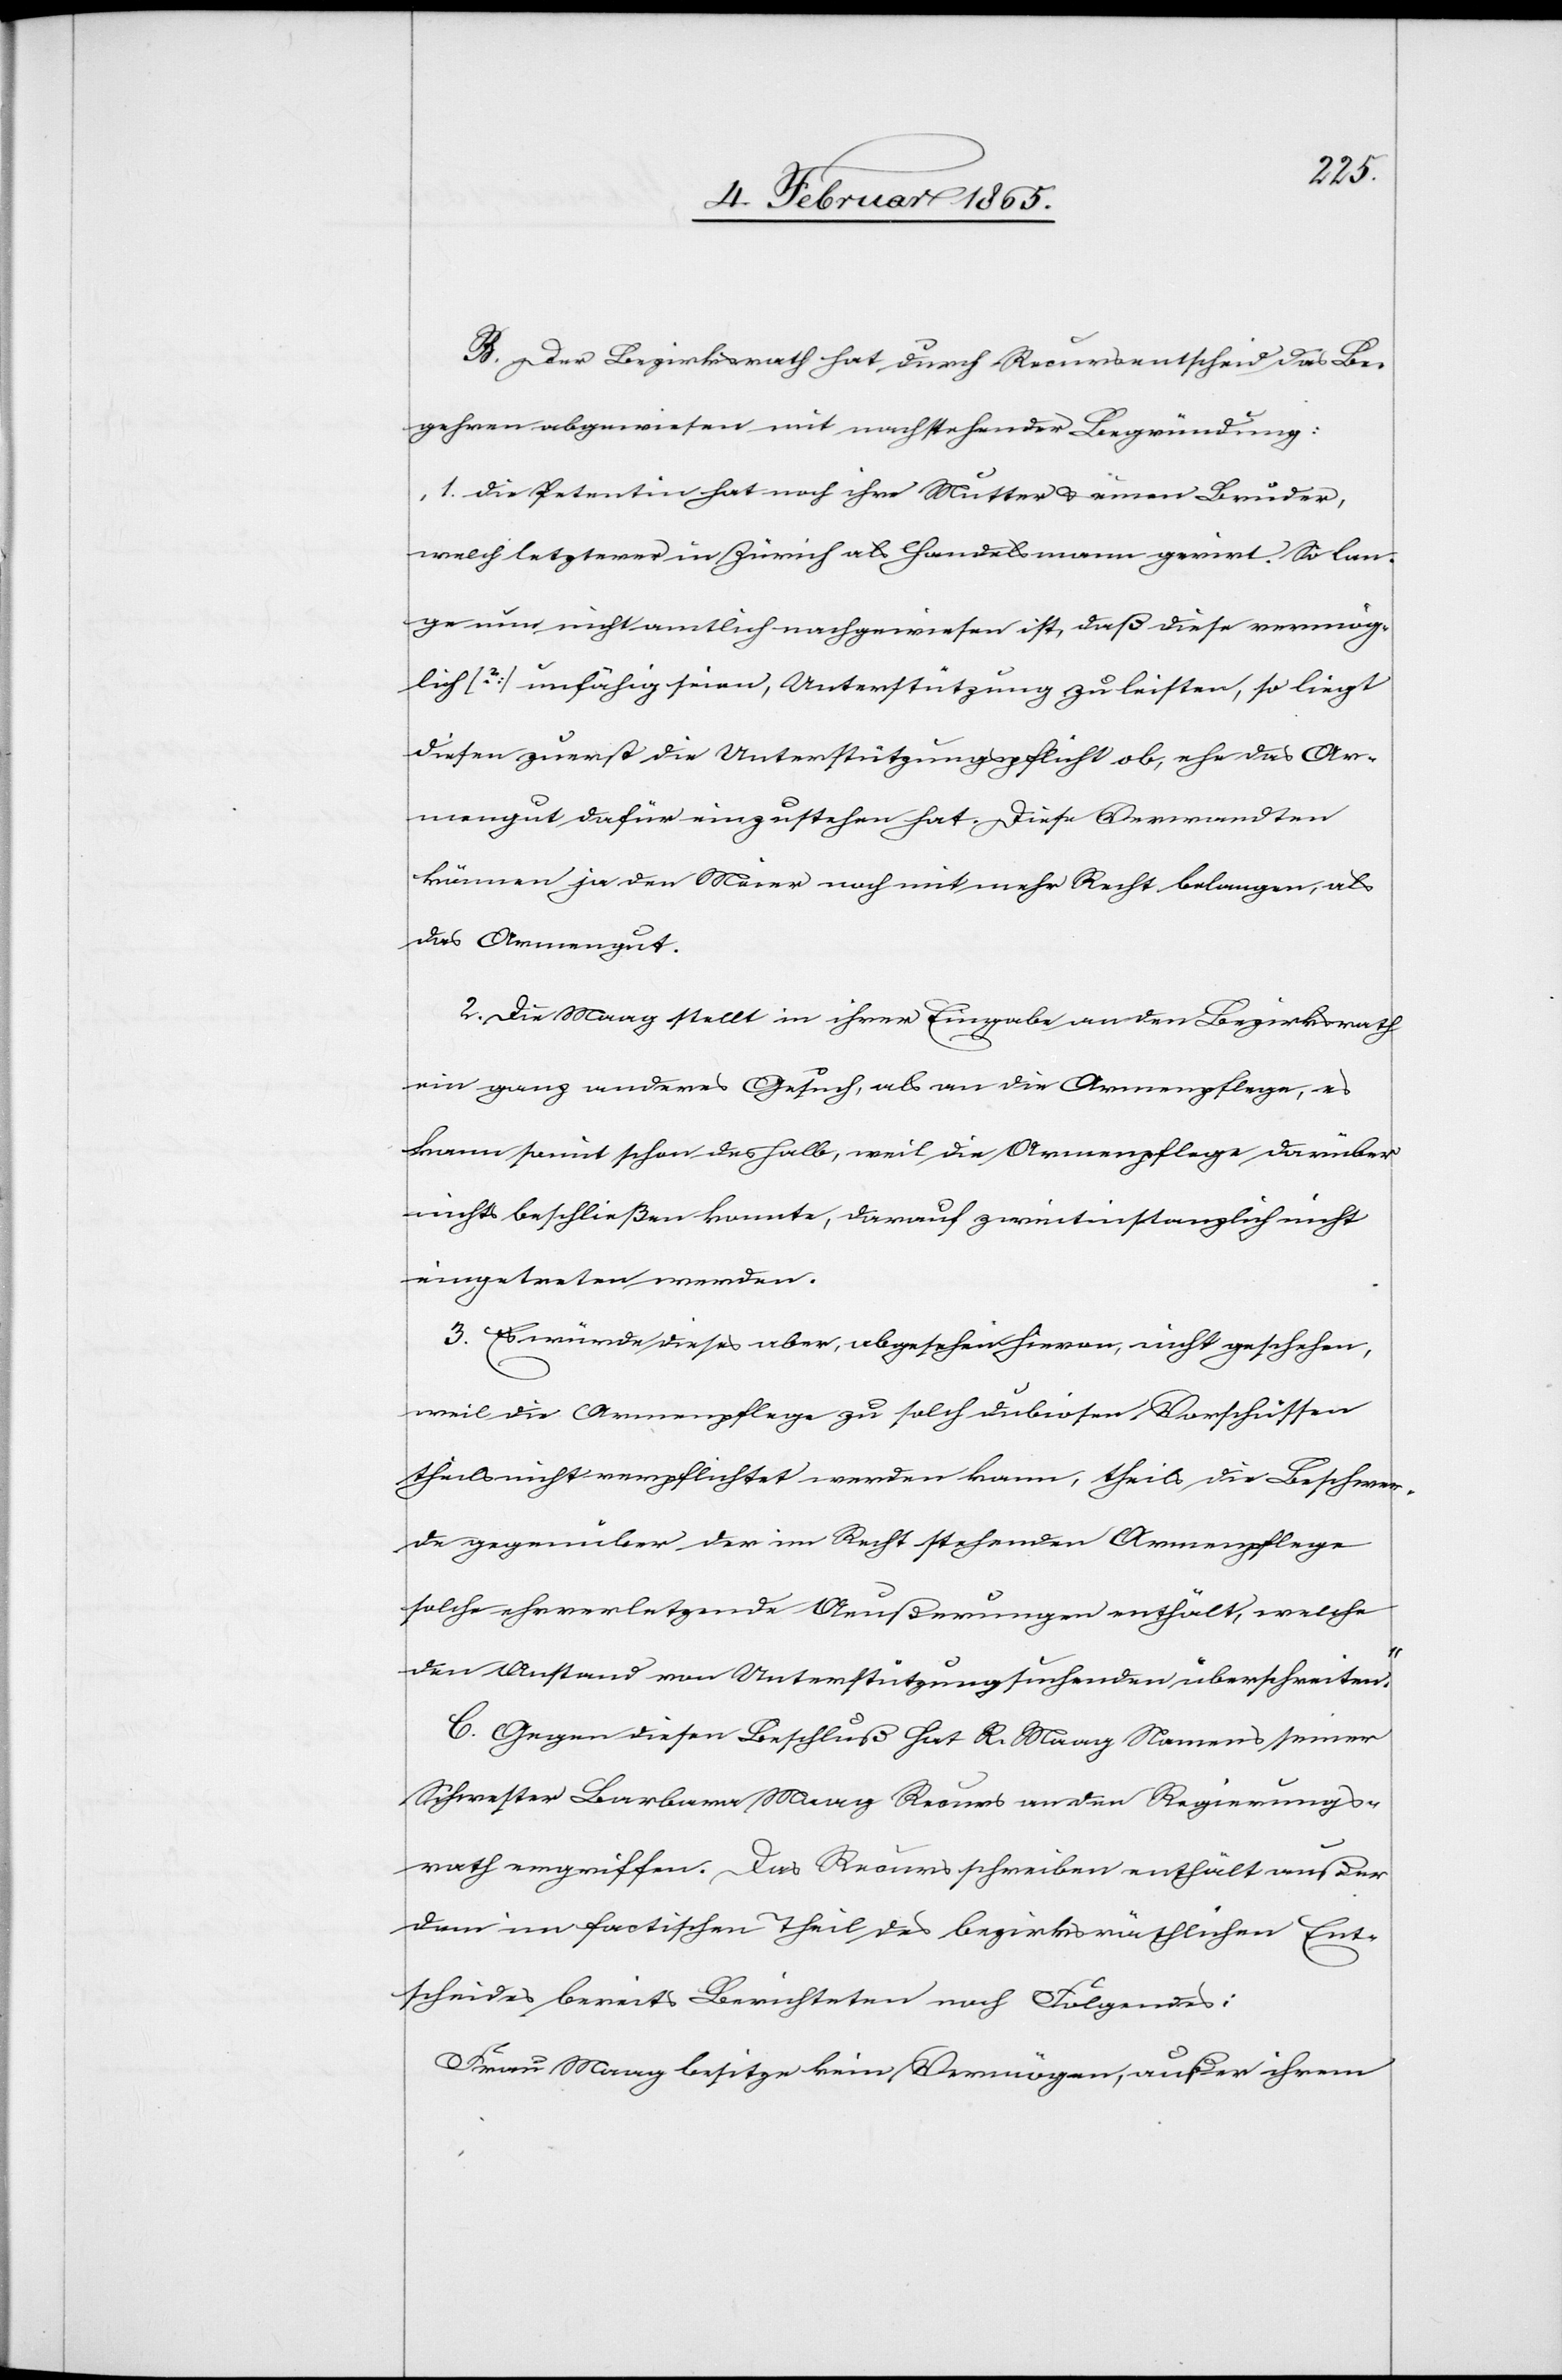
B. Der Bezirksrath hat durch Recursentscheid das Be¬
gehren abgewiesen mit nachstehender Begründung:
„1. Die Petentin hat noch ihre Mutter u. einen Bruder,
welch letzterer in Zürich als Handelsmann gerirt. So lan¬
ge nun nicht amtlich nachgewiesen ist, daß diese vermög¬
lich [?] unfähig seien, Unterstützung zu leisten, so liegt
diesen zuerst die Unterstützungspflicht ob, ehe das Ar¬
mengut dafür einzustehen hat. Diese Verwandten
können ja den Meier noch mit mehr Recht belangen, als
das Armengut.
2. Die Maag stellt in ihrer Eingabe an den Bezirksrath
ein ganz anderes Gesuch, als an die Armenpflege, es
kann somit schon deshalb, weil die Armenpflege darüber
nichts beschließen konnte, darauf zweitinstanzlich nicht
eingetreten werden.
3. Es würde dieses aber, abgesehen hievon, nicht geschehen,
weil die Armenpflege zu solch dubiosen Vorschüssen
theils nicht verpflichtet werden kann, theils die Beschwer¬
de gegenüber der im Recht stehenden Armenpflege
solche ehrverletzende Aeußerungen enthält, welche
den Anstand von Unterstützungsuchenden überschreiten.“
C. Gegen diesen Beschluß hat R. Maag Namens seiner
Schwester Barbara Maag Recurs an den Regierungs¬
rath ergriffen. Das Recursschreiben enthält außer
dem im factischen Theil des bezirksräthlichen Ent¬
scheides bereits Berichteten noch Folgendes:
Frau Maag besitze kein Vermögen, außer ihrem